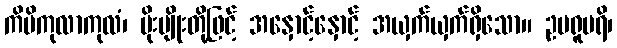
ကိမိကုလာကုလံ၊ ပိုးမျိုးတို့ဖြင့် အနှောင့်နှောင့် အယှက်ယှက်ရှိသော။ ဥပရူပရိ၊